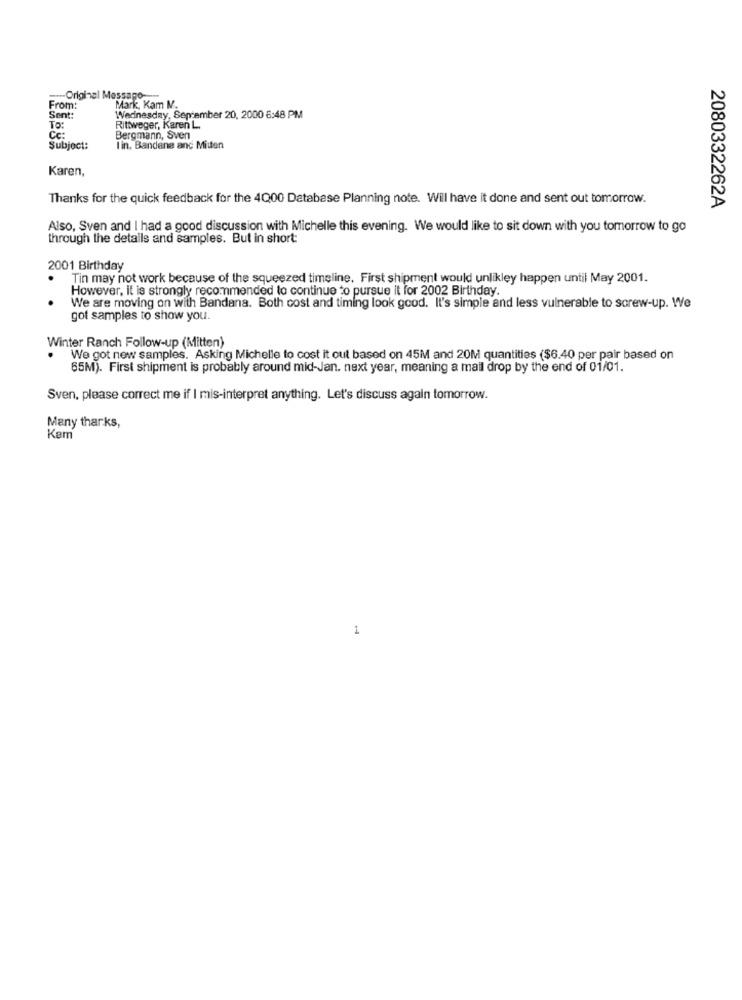
-Original Message-
From:
Mark, Kam M.
Sent:
inesda
sday. September 20, 2000 6:48 PM
TO:
Rittweger, Karen L.
Cc:
Bergmann, Sven
Subject:
I in. Bandana and Mitten
Karen,
Thanks for the quick feedback for the 4Q00 Database Planning note. Will have it done and sent out tomorrow.
2080332262A
Also, Sven and I had a good discussion with Michelle this evening. We would like to sit down with you tomorrow to go
through the details and samples. But in short
2001 Birthday
Tin may not work because of the squeezed timeline. First shipment would unlikley happen until May 2001.
However, it is strongly recommended to continue to pursue it for 2002 Birthday.
We are moving on with Bandana. Both cost and timing look good. It's simple and less vulnerable to screw-up. We
got samples to show you.
Winter Ranch Follow-up (Mitten)
We got new samples. Asking Michelle to cost it out based on 45M and 20M quantities ($6.40 per pair based on
65M). First shipment is probably around mid-Jan. next year, meaning a mail drop by the end of 01/01.
Sven, please correct me if I mis-interpret anything. Let's discuss again tomorrow.
Many thanks,
Kam
1